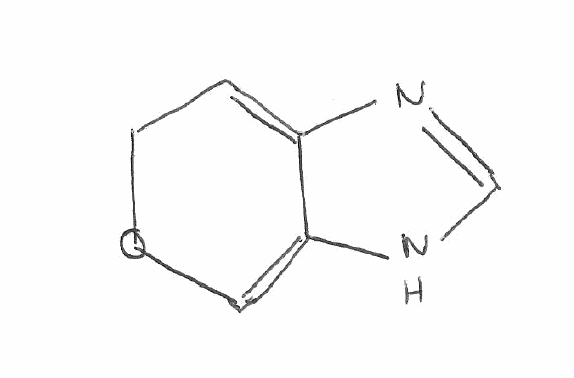
Simplified molecular-input line-entry system (SMILES) notation of the given molecule:
C1C=C2C(=CO1)NC=N2